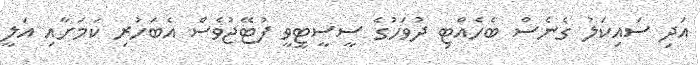
އަދި ސައިކަލު ގެނެސް ބެހެއްޓި ދުވަހުގެ ސީސީޓީވީ ފުޓޭޖުވެސް އެބަހުރި ކަމަށާއި އަލީ